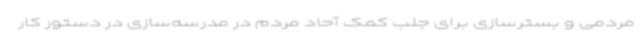
مردمی و بسترسازی برای جلب کمک آحاد مردم در مدرسه‌سازی در دستور کار